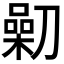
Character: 𠟯